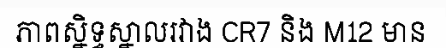
ភាពស្និទ្ធស្នាលរវាង CR7 និង M12 មាន